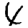
Digit: 4